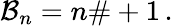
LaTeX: \mathcal{B}_{n}=n\# +1\, .